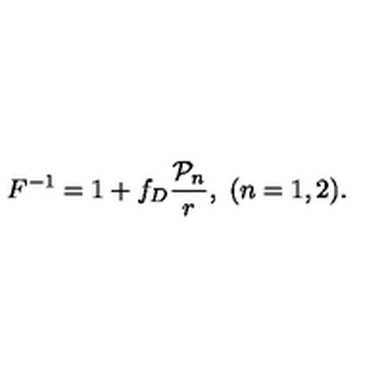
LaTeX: F ^ { - 1 } = 1 + f _ { D } { \frac { { \cal P } _ { n } } { r } } , \ ( n = 1 , 2 ) .